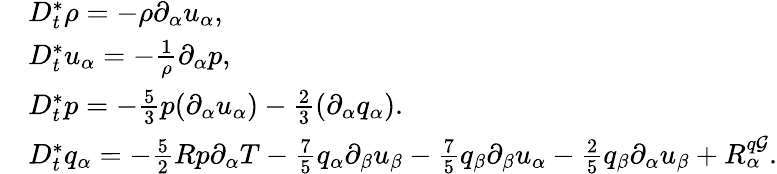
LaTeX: \begin{array}{rl}&{D_{t}^{*}\rho=-\rho\partial_{\alpha}u_{\alpha},}\\ &{D_{t}^{*}u_{\alpha}=-\frac{1}{\rho}\partial_{\alpha}p,}\\ &{D_{t}^{*}p=-\frac{5}{3}p(\partial_{\alpha}u_{\alpha})-\frac{2}{3}(\partial_{\alpha}q_{\alpha}).}\\ &{D_{t}^{*}q_{\alpha}=-\frac{5}{2}Rp\partial_{\alpha}T-\frac{7}{5}q_{\alpha}\partial_{\beta}u_{\beta}-\frac{7}{5}q_{\beta}\partial_{\beta}u_{\alpha}-\frac{2}{5}q_{\beta}\partial_{\alpha}u_{\beta}+R_{\alpha}^{q\mathcal{G}}.}\end{array}